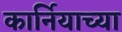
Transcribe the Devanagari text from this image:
कार्नियाच्या